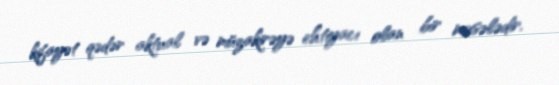
kifayət qədər aktual və müzakirəyə ehtiyacı olan bir məsələdir.